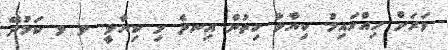
ވަރަށް ހިއްގައިމު. ކިޔާލާ ހިތުން އިނދެ މި ކިޔާލީ. ވ ވ ކަމުދޭ